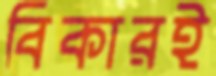
বিকারই